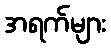
အရက်များ